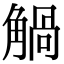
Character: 𧤐